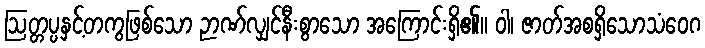
ဩတ္တပ္ပနှင့်တကွဖြစ်သော ဉာဏ်လျှင်နီးစွာသော အကြောင်းရှိ၏။ ဝါ၊ ဇာတ်အစရှိသောသံဝေဂ